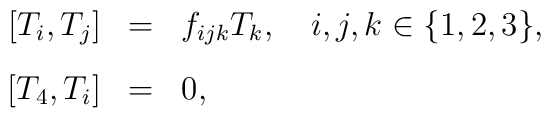
\begin{array}{rcl} \, [T_i,T_j] &=&  f_{ijk} T_k, \quad i,j,k\in \{1,2,3\},\\[3mm]\, [T_4,T_i] &=&  0,\end{array}